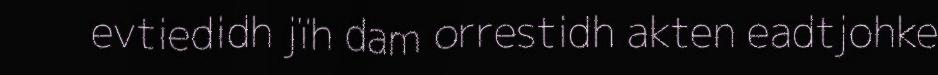
evtiedidh jïh dam orrestidh akten eadtjohke